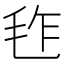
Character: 𣬿